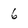
Character: 6